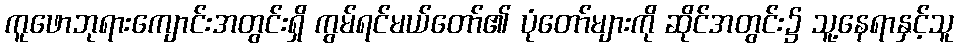
ကူဖောဘုရားကျောင်းအတွင်းရှိ ကွမ်ရင်မယ်တော်၏ ပုံတော်များကို ဆိုင်အတွင်း၌ သူ့နေရာနှင့်သူ